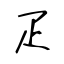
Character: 疋